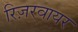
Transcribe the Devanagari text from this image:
रिज़रवायर